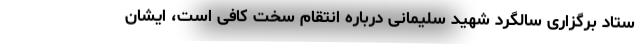
ستاد برگزاری سالگرد شهید سلیمانی درباره انتقام سخت کافی است، ایشان